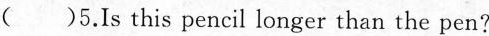
()5.Is this pencil longer than the pen?